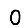
Digit: 0